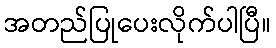
အတည်ပြုပေးလိုက်ပါပြီ။